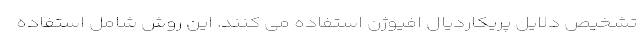
تشخیص دلایل پریکاردیال افیوژن استفاده می کنند. این روش شامل استفاده